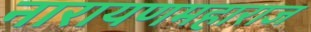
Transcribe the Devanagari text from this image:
नारायणमहाराज